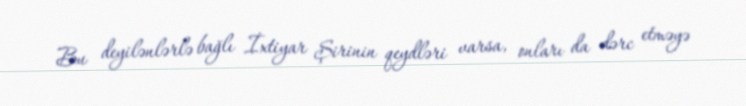
Bu deyilənlərlə bağlı İxtiyar Şirinin qeydləri varsa, onları da dərc etməyə